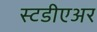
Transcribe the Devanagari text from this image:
स्टडीएअर